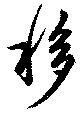
移